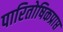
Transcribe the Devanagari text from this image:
पारितोषिकप्राप्त